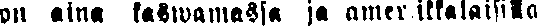
on aina kaswamassa ja amerikkalaisilla